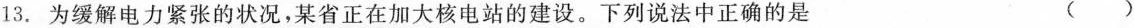
13. 为缓解电力紧张的状况，某省正在加大核电站的建设。下列说法中正确的是 ( )